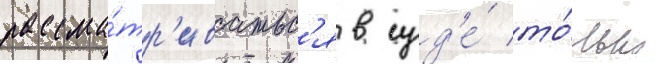
рассма́тр'иватьс'я в суд'е́ то́лько